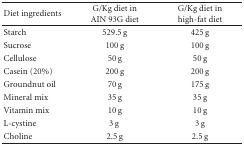
<table><thead><tr><td><b>Diet ingredients</b></td><td><b>G/Kg diet in AIN 93G diet</b></td><td><b>G/Kg diet in High-fat diet</b></td></tr></thead><tbody><tr><td>Starch</td><td>529.5 g</td><td>425 g</td></tr><tr><td>Sucrose</td><td>100 g</td><td>100 g</td></tr><tr><td>Cellulose</td><td>50 g</td><td>50 g</td></tr><tr><td>Casein (20%)</td><td>200 g</td><td>200 g</td></tr><tr><td>Groundnut oil</td><td>70 g</td><td>175 g</td></tr><tr><td>Mineral mix</td><td>35 g</td><td>35 g</td></tr><tr><td>Vitamin mix</td><td>10 g</td><td>10 g</td></tr><tr><td>L-cystine</td><td>3 g </td><td>3 g</td></tr><tr><td>Choline</td><td>2.5 g</td><td>2.5 g</td></tr></tbody></table>